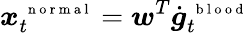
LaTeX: \boldsymbol x_{t}^{\mathrm{~\scriptsize~n~o~r~m~a~l~}}=\boldsymbol w^{T}\dot{\boldsymbol g}_{t}^{\mathrm{~\scriptsize~b~l~o~o~d~}}